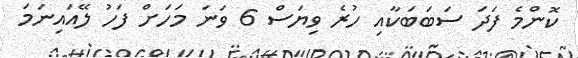
ކޮންމެ ފަދަ ސަބަބަކާއި ހުރެ ވިޔަސް 6 ވަނަ މަހަށް ފަހު ލޭއައިނަމަ